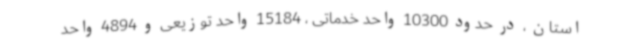
استان ، در حدود 10300 واحد خدماتی ، 15184 واحد توزیعی و 4894 واحد